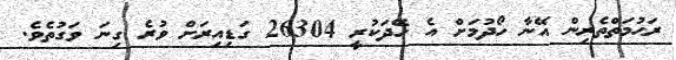
ރަޙުމަތްތެރިން އޭނާ ހޯދުމަށް އެ ހޭދަކުރީ 26304 ގަޑިއިރަށް ވުރެ ގިނަ ވަގުތެވެ.